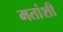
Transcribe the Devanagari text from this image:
मतांशी